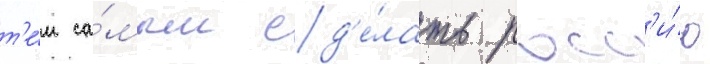
т'е́м са́мым сд'е́лать росс'и́ю